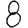
Digit: 8